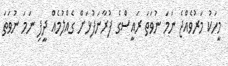
މީހަކު މަރުވެއްޖެ ނަމަ ނުވަތަ ރައީސްގެ ފުރާނަފުޅަށް ގެއްލުމެއް ދީފި ނަމަ ނުވަތަ